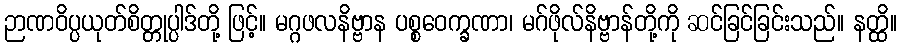
ဉာဏဝိပ္ပယုတ်စိတ္တုပ္ပါဒ်တို့ ဖြင့်။ မဂ္ဂဖလနိဗ္ဗာန ပစ္စဝေက္ခဏာ၊ မဂ်ဖိုလ်နိဗ္ဗာန်တို့ကို ဆင်ခြင်ခြင်းသည်။ နတ္ထိ။